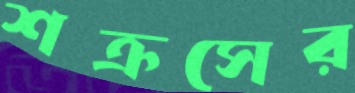
শক্রসের